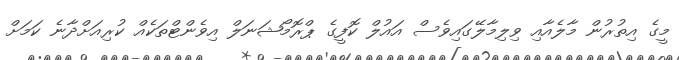
މީގެ އިތުރުން މާލެއާއި ވިލިމާލޭގައިވެސް އައުލް ކޮފީގެ ޕްރޮމޯޝަނަލް އިވެންޓްތަކެއް ކުރިއަށްދާނެ ކަމަށް